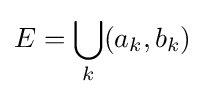
E=\bigcup _{k}(a_{k},b_{k})